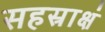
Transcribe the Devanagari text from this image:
सहस्राक्षं